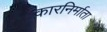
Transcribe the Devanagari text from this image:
कारनिर्माता